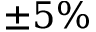
\pm 5 \%